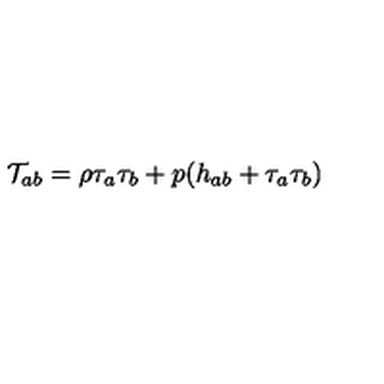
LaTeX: \mathcal { T } _ { a b } = \rho \tau _ { a } \tau _ { b } + p ( h _ { a b } + \tau _ { a } \tau _ { b } )